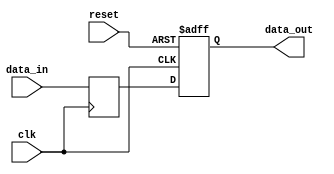
module TimingControlSync(
    input wire clk,           // clock signal
    input wire reset,         // reset signal
    input wire [7:0] data_in, // input data signal
    output wire [7:0] data_out // output data signal
);

// Synchronizer component to synchronize input signals with clock domain
reg [7:0] synced_data;
always @(posedge clk) begin
    synced_data <= data_in;
end

// Reset synchronization block to synchronize reset signal
reg synced_reset;
always @(posedge clk or posedge reset) begin
    if (reset)
        synced_reset <= 1'b1;
    else
        synced_reset <= 1'b0;
end

// Output synchronized data based on synchronized reset signal
always @(posedge clk or posedge reset) begin
    if (reset)
        data_out <= 8'b0;
    else
        data_out <= synced_data;
end

endmodule